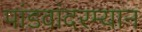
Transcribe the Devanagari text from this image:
पांडवांदरम्यान